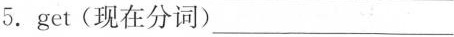
5.get(现在分词)___